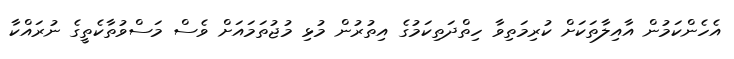
އެހެންކަމުން އާއިލާތަކަށް ކުރިމަތިވާ ހިތްދަތިކަމުގެ އިތުރުން މުޅި މުޖުތަމައަށް ވެސް މަސްވުތާކެތީގެ ނުރައްކާ